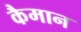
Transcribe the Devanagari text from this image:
कैमान